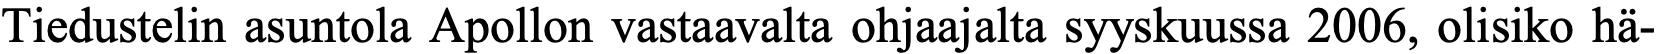
Tiedustelin asuntola Apollon vastaavalta ohjaajalta syyskuussa 2006, olisiko hä-